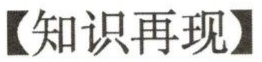
【知识再现】